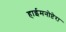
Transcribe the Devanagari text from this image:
हाईमनोप्टेरा